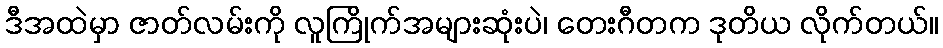
ဒီအထဲမှာ ဇာတ်လမ်းကို လူကြိုက်အများဆုံးပဲ၊ တေးဂီတက ဒုတိယ လိုက်တယ်။